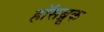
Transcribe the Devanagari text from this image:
हॉसब्रूक